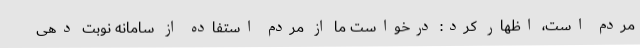
مردم است، اظهار کرد: درخواست ما از مردم استفاده از سامانه نوبت دهی